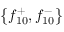
\left\{ f _ { 1 0 } ^ { + } , f _ { 1 0 } ^ { - } \right\}